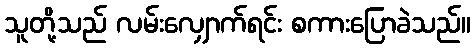
သူတို့သည် လမ်းလျှောက်ရင်း စကားပြောခဲသည်။